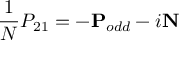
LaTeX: \frac { 1 } { N } P _ { 2 1 } = - \mathbf { P } _ { o d d } - i \mathbf { N }